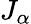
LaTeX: J_{\alpha}